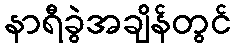
နာရီခွဲအချိန်တွင်